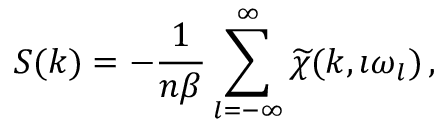
S ( \boldsymbol { k } ) = - \frac { 1 } { { n } \beta } \displaystyle \sum _ { l = - \infty } ^ { \infty } \widetilde { \chi } ( \boldsymbol { k } , \imath \omega _ { l } ) \, ,